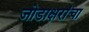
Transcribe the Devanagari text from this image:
जोडाक्षरांचा